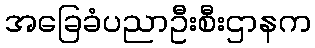
အခြေခံပညာဦးစီးဌာနက